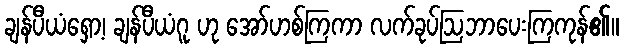
ချန်ပီယံရှော့၊ ချန်ပီယံဂူ ဟု အော်ဟစ်ကြကာ လက်ခုပ်ဩဘာပေးကြကုန်၏။